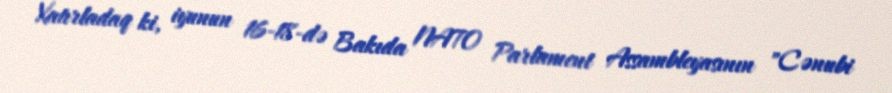
Xatırladaq ki, iyunun 16-18-də Bakıda NATO Parlament Assambleyasının "Cənubi